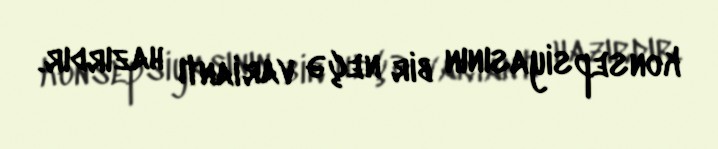
konsepsiyasının bir neçə variantı hazırdır.